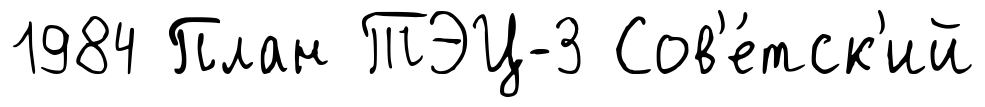
1984 План ТЭЦ-3 Сов'е́тск'ий